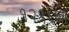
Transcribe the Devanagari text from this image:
१२९६ला